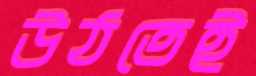
উঠতেই